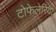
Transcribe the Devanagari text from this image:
टोफेलेरिया